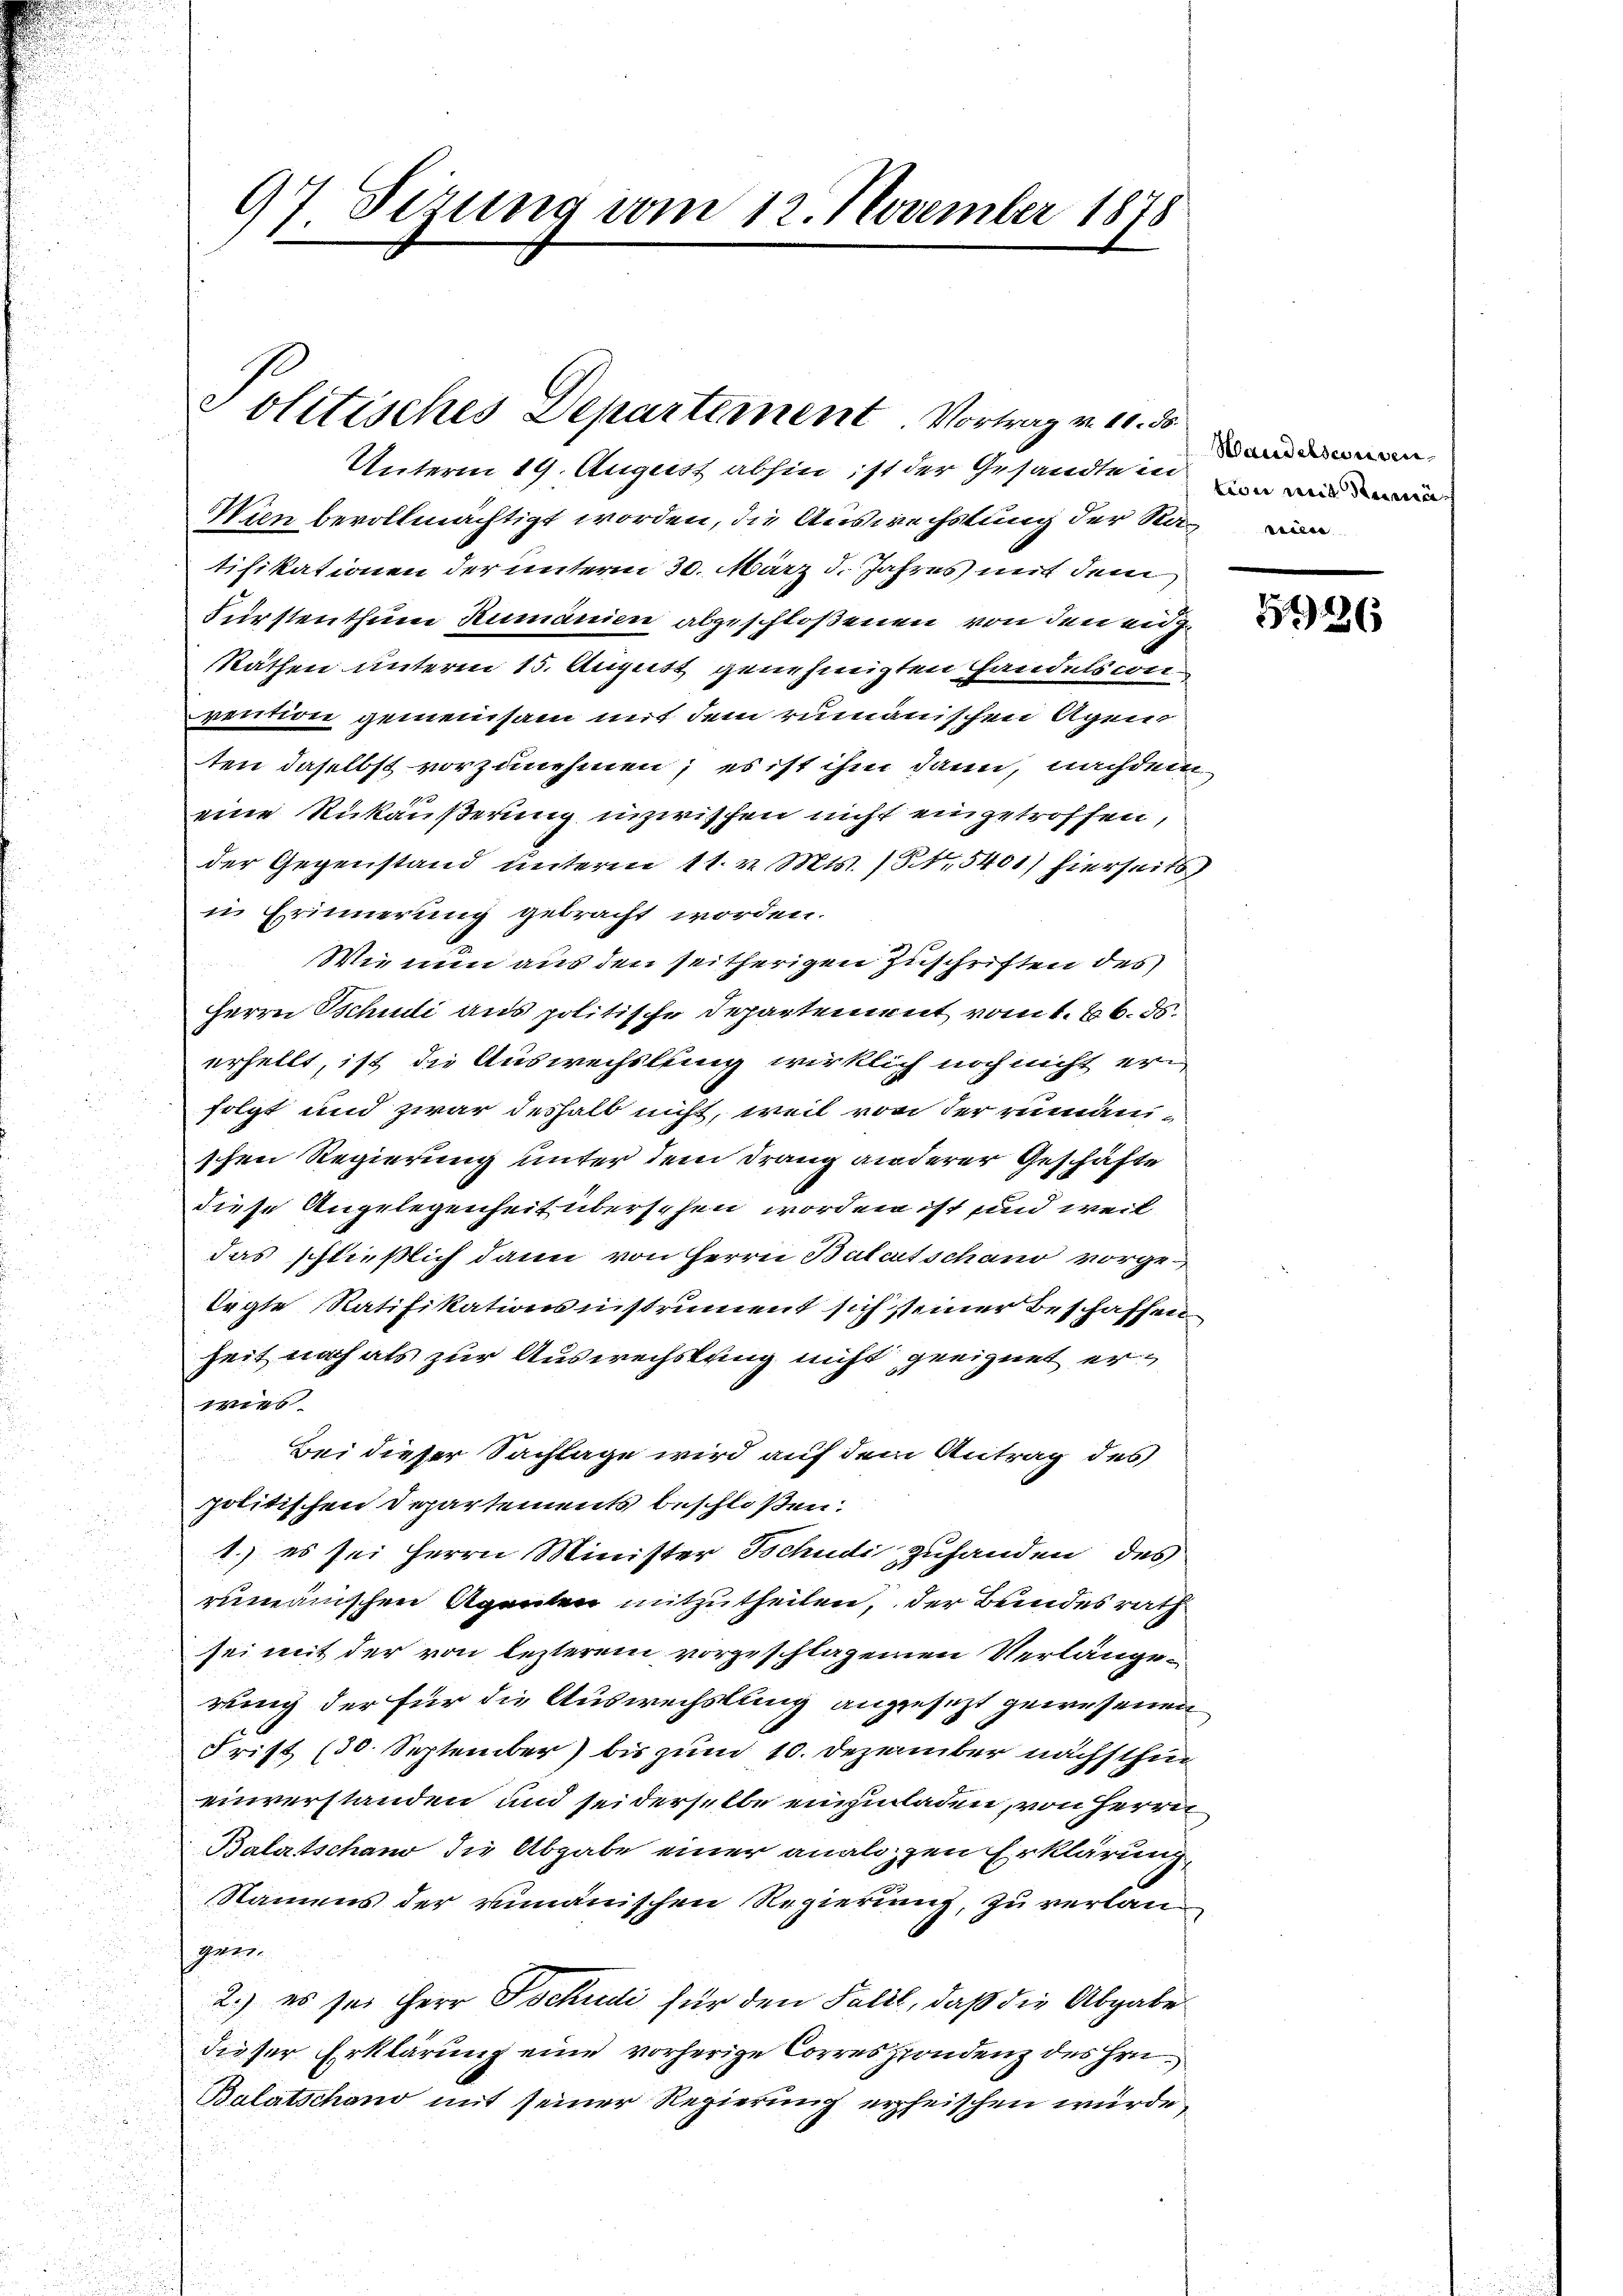
97 Sizung vom 12. November 1878

Politisches Departement Vortrag v. 10. ds.
Unterm 19. August abhin ist der Gesandte in in an

Nun bevollmächtigt worden, die Auswechslung der Natifikationen der unterm 30. März d. Jahres mit dem
Fürstenthum Rumänien abgeschloßenen von den eidg.
Räthen unterm 15. August genehmigten Handels con
vention gemeinsam mit dem rumänischen Agen
ten daselbst vorzunehmen; es ist ihm dann, nachdem
eine Rückäußerung inzwischen nicht eingetroffen,
der Gegenstand unteren 11. v. Mts. (§ 15401) hierseits
in Erinnerung gebracht worden.
Wie nun aus den seitherigen Zuschriften des
Herrn Schudi aus politische Departement vom 1. 26. ds.
erhellt, ist die Auswechslung wirklich noch nicht erfolgt und zwar deshalb nicht, weil von der rumänischen Regierung unter dem Drang anderer Geschäfte
diese Angelegenheit übersehen worden ist sind weil
das schließlich dann von Herrn Balcutschaus vorgelegte Ratifikationsnistrument sich seiner Beschaffen
Zeit noch als zur Auswechslung nicht geeignet er¬
1
Bei dieser Sachlage wird auf dem Antrag des
politischen Departements beschloßen:
1.) es sei Herrn Minister Tschudi zuhanden des
rumanischen Agenten mitzutheilen, der Beides rath
sei mit der von lezterem vorgeschlagenen Verlangewing der für die Auswechslung angesezt gewesenen
Frist (30. September) bis zum 10. Dezember nächsthin
einverstanden und sei derselbe einzuladen, von Herrn
Balatschano die Abgabe einer analoszen Erklärung,
Namens der rumänischen Regierung, zu verlangen.
2.) es sei Herr Tschudi für den Fall, daß die Abgabe
dieser Erklärung eine vorherige Correspondenz des Hrn.
Balatschano mit seiner Regierung erheischen würde,

Wandelsconsen

5126